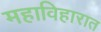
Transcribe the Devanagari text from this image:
महाविहारात